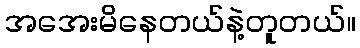
အအေးမိနေတယ်နဲ့တူတယ်။